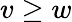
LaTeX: v\geq w